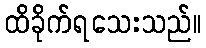
ထိခိုက်ရသေးသည်။